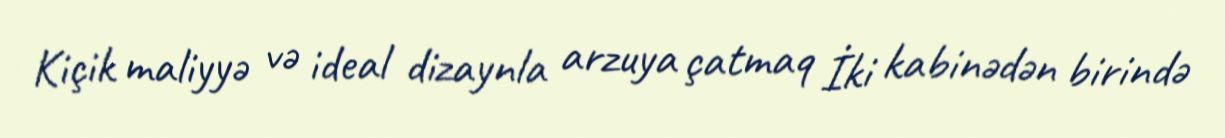
Kiçik maliyyə və ideal dizaynla arzuya çatmaq İki kabinədən birində